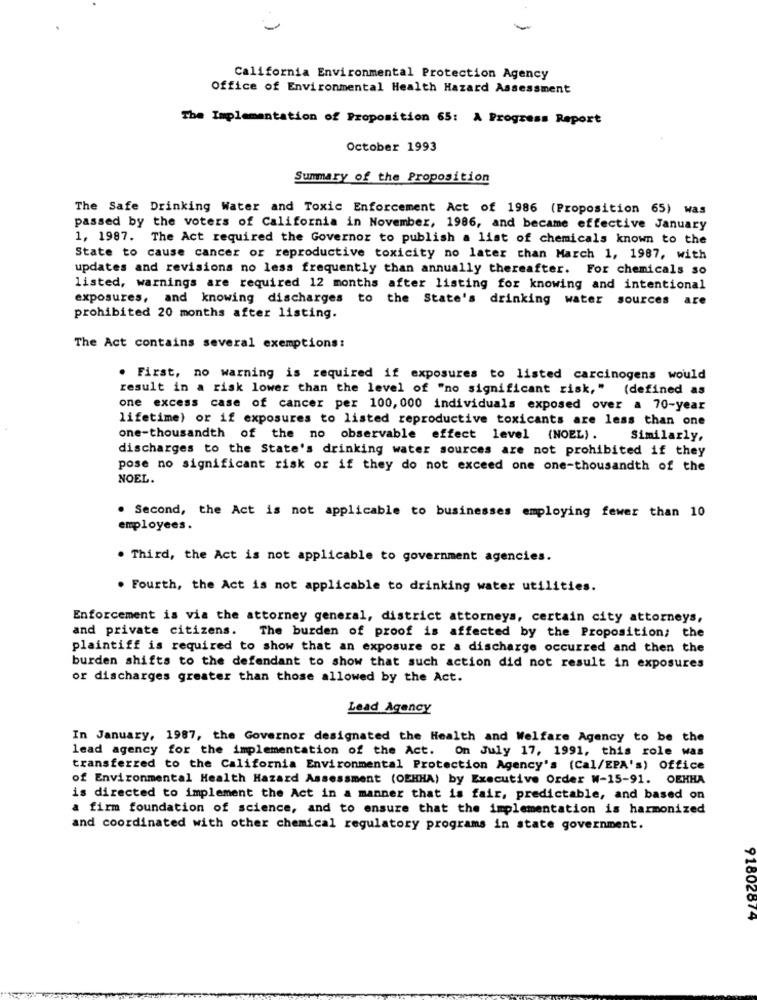
California Environmental Protection Agency
Office of Environmental Health Hazard Assessment
The Implementation of Proposition 65: A Progress Report
October 1993
Summary of the Proposition
The Safe Drinking Water and Toxic Enforcement Act of 1986 (Proposition 65) was
passed by the voters of California in November, 1986, and became effective January
1, 1987. The Act required the Governor to publish a list of chemicals known to the
State to cause cancer or reproductive toxicity no later than March 1, 1987, with
updates and revisions no less frequently than annually thereafter. For chemicals so
listed, warnings are required 12 months after listing for knowing and intentional
exposures, and knowing discharges to the State's drinking water sources are
prohibited 20 months after listing.
The Act contains several exemptions:
. First, no warning is required if exposures to listed carcinogens would
result in a risk lower than the level of "no significant risk," (defined as
one excess case of cancer per 100, 000 individuals exposed over a 70-year
lifetime) or if exposures to listed reproductive toxicants are less than one
one-thousandth of the no observable effect level (NOEL). Similarly,
discharges to the State's drinking water sources are not prohibited if they
pose no significant risk or if they do not exceed one one-thousandth of the
NOEL.
. Second, the Act is not applicable to businesses employing fewer than 10
employees.
. Third, the Act is not applicable to government agencies.
. Fourth, the Act is not applicable to drinking water utilities.
Enforcement is via the attorney general, district attorneys, certain city attorneys,
and private citizens.
The burden of proof is affected by the Proposition; the
plaintiff is required to show that an exposure or a discharge occurred and then the
burden shifts to the defendant to show that such action did not result in exposures
or discharges greater than those allowed by the Act.
Lead Agency
In January, 1987, the Governor designated the Health and Welfare Agency to be the
lead agency for the implementation of the Act. On July 17, 1991, this role was
transferred to the California Environmental Protection Agency's (Cal/EPA's) Office
of Environmental Health Hazard Assessment (OEHHA) by Executive Order W-15-91. OEHHA
is directed to implement the Act in a manner that is fair, predictable, and based on
a firm foundation of science, and to ensure that the implementation is harmonized
and coordinated with other chemical regulatory programs in state government.
91802874